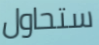
ستحاول